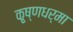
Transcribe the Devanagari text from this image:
कृ्ष्णधर्मा